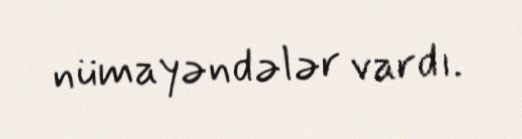
nümayəndələr vardı.